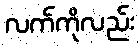
လက်ကိုလည်း